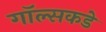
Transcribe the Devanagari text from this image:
गॉल्सकडे